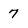
Character: 7